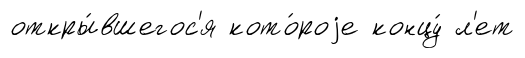
откры́вшегос'я кото́роjе концу́ л'ет